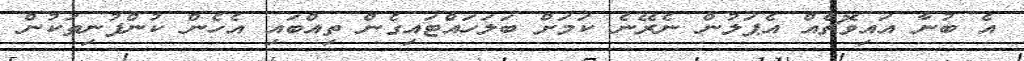
އެ ބުނާ އައިވޮޗެއް އެޕަލުން ނެރޭނެ ކަމަށް ބަލަހައްޓައިގެން ތިއްބައި އެހެން ކުންފުނިތަކުން